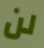
لن